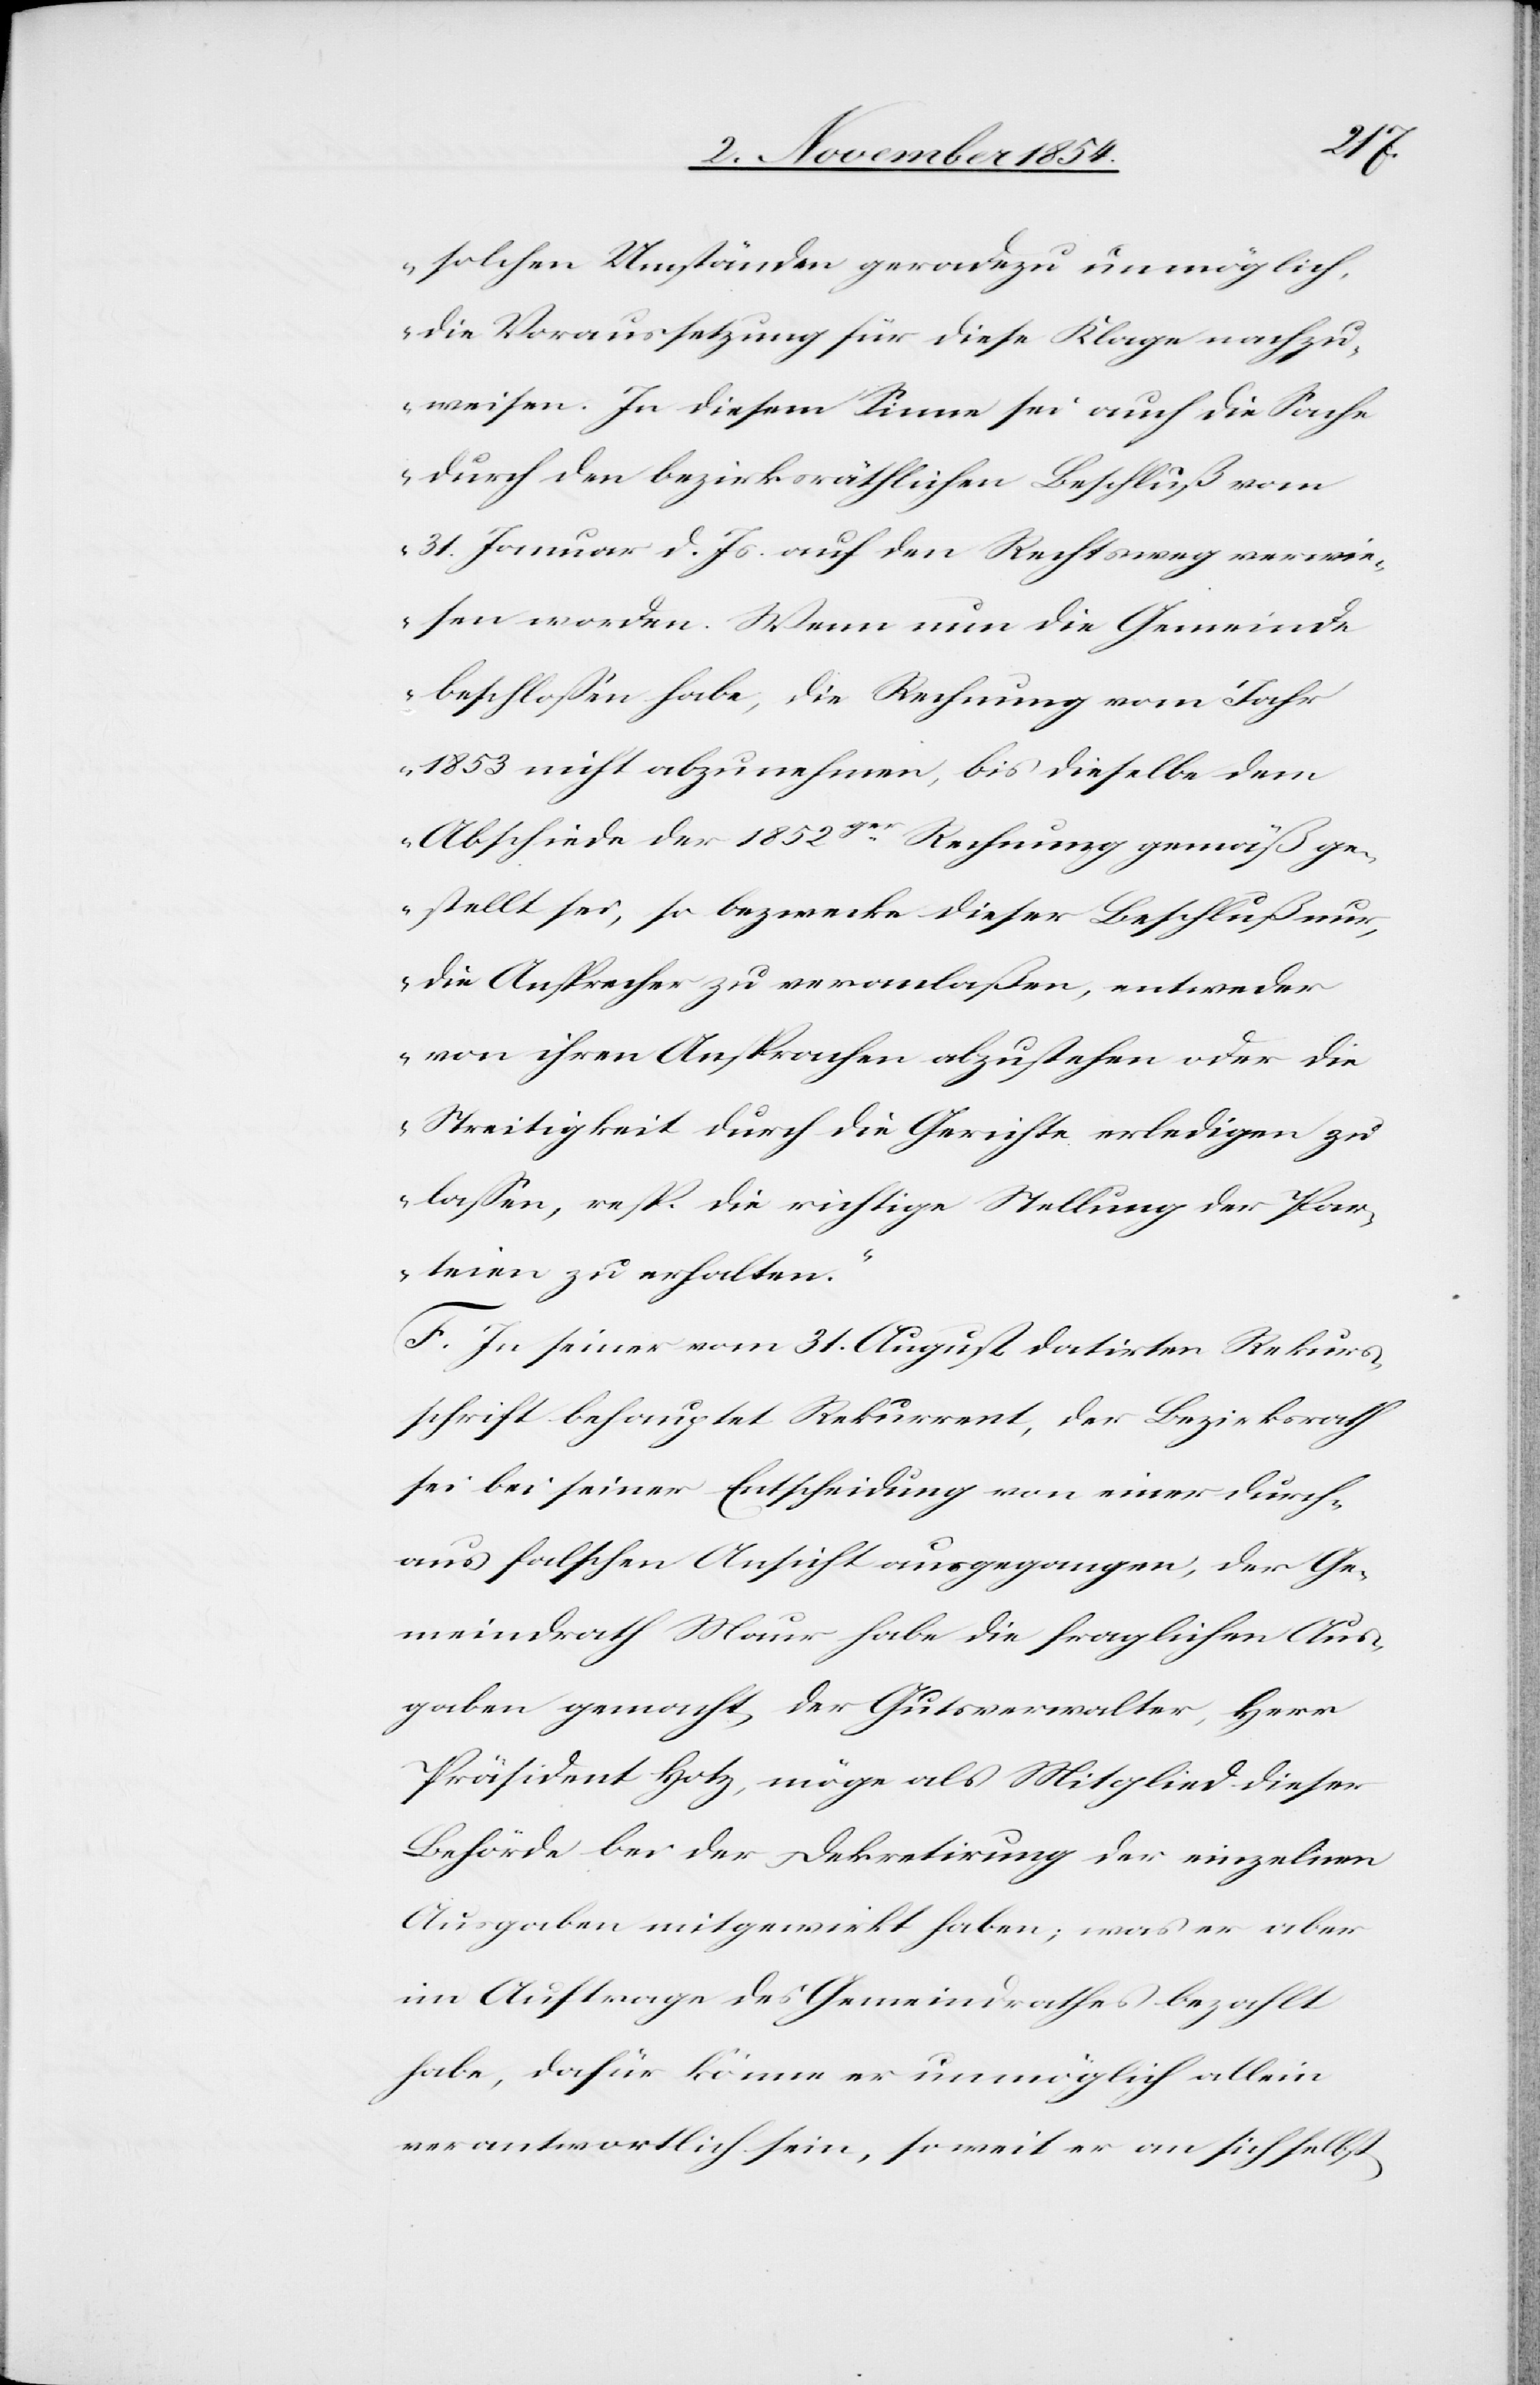
solchen Umständen geradezu unmöglich,
die Voraussetzung für diese Klage nachzu¬
weisen. In diesem Sinne sei auch die Sache
durch den bezirksräthlichen Beschluß vom
31. Januar d. Js. auf den Rechtsweg verwie¬
sen worden. Wenn nun die Gemeinde
beschloßen habe, die Rechnung vom Jahr
1853 nicht abzunehmen, bis dieselbe dem
Abschiede der 1852ger Rechnung gemäß ge¬
stellt sei, so bezwecke dieser Beschluß nur,
die Ansprecher zu veranlaßen, entweder
von ihren Ansprachen abzustehen oder die
Streitigkeit durch die Gerichte erledigen zu
laßen, resp. die richtige Stellung der Par¬
teien zu erhalten.“
F. In seiner vom 31. August datirten Rekurs¬
schrift behauptet Rekurrent, der Bezirksrath
sei bei seiner Entscheidung von einer durch¬
aus falschen Ansicht ausgegangen, der Ge¬
meindrath Maur habe die fraglichen Aus¬
gaben gemacht, der Gutsverwalter, Herr
Präsident Hotz, möge als Mitglied dieser
Behörde bei der Dekretirung der einzelnen
Ausgaben mitgewirkt haben; was er aber
im Auftrage des Gemeindrathes bezahlt
habe, dafür könne er unmöglich allein
verantwortlich sein, so weit er an sich selbst